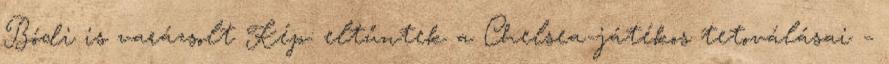
Bódi is varázsolt Kép: eltűntek a Chelsea-játékos tetoválásai –